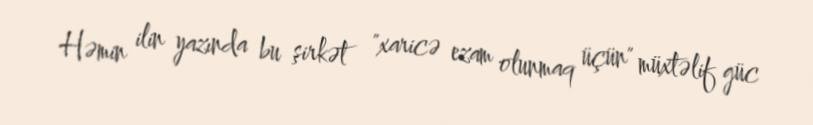
Həmin ilin yazında bu şirkət "xaricə ezam olunmaq üçün" müxtəlif güc